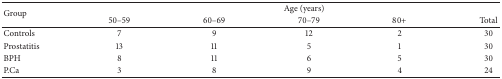
<table><thead><tr><td rowspan="2"><b>Group</b></td><td colspan="5"><b>Age (years)</b></td></tr><tr><td><b>50–59</b></td><td><b>60–69</b></td><td><b>70–79</b></td><td><b>80+</b></td><td><b>Total</b></td></tr></thead><tbody><tr><td>Controls</td><td>7</td><td>9</td><td>12</td><td>2</td><td>30</td></tr><tr><td>Prostatitis</td><td>13</td><td>11</td><td>5</td><td>1</td><td>30</td></tr><tr><td>BPH</td><td>8</td><td>11</td><td>6</td><td>5</td><td>30</td></tr><tr><td>P.Ca</td><td>3</td><td>8</td><td>9</td><td>4</td><td>24</td></tr></tbody></table>